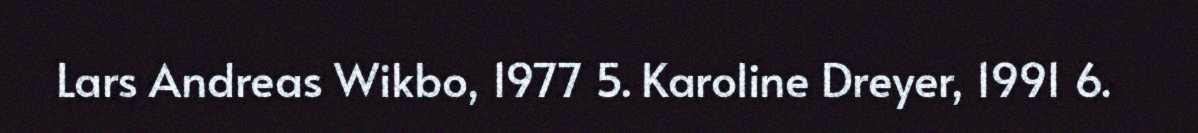
Lars Andreas Wikbo, 1977 5. Karoline Dreyer, 1991 6.